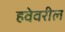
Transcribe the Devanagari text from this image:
हवेवरील